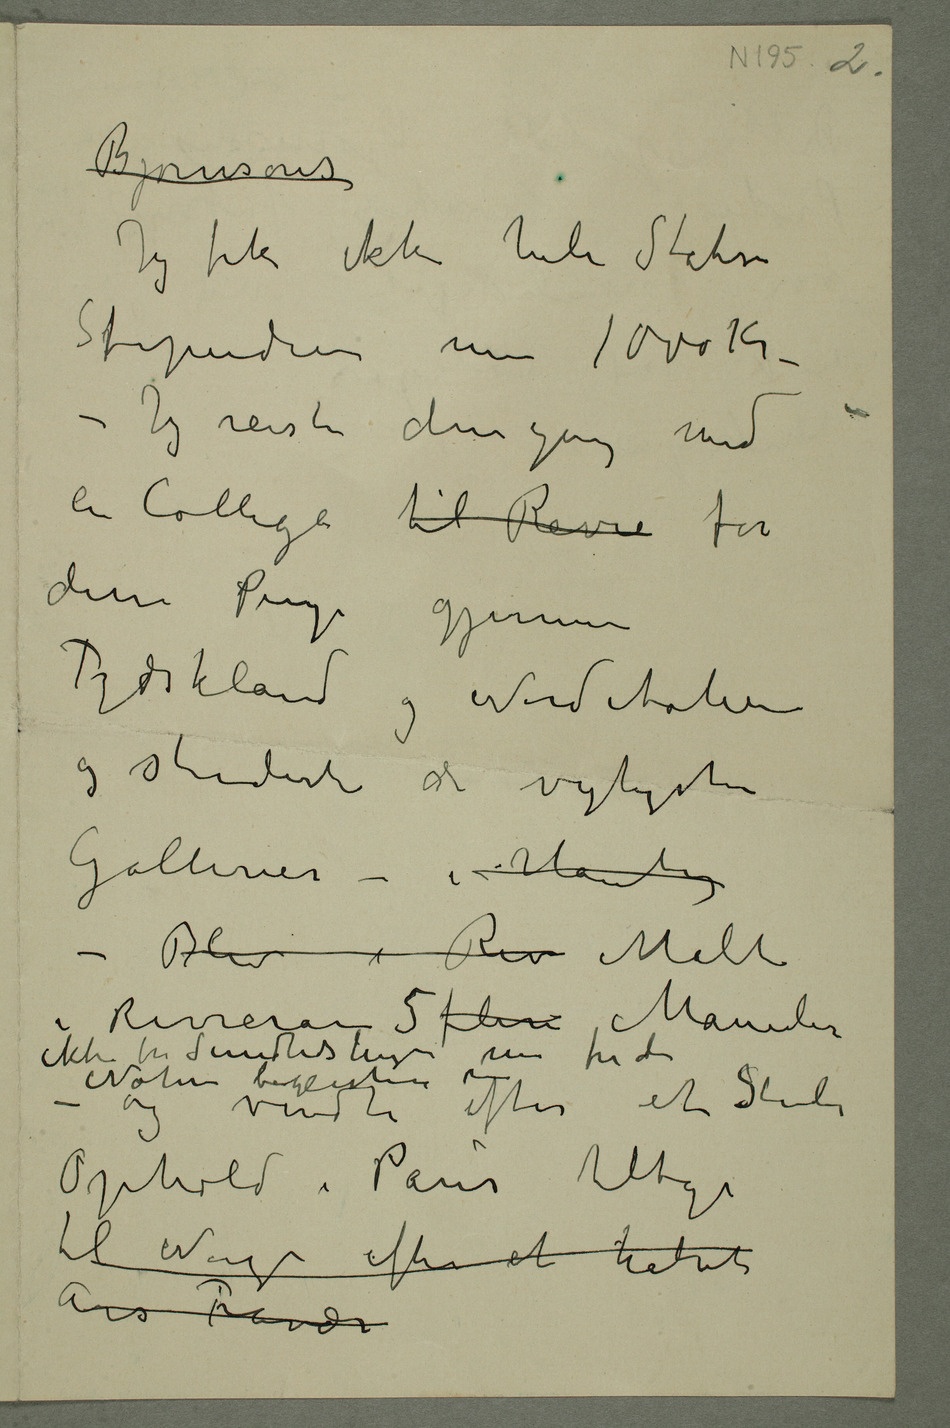
Jeg fik ikke hele Statens
Stipendium men 1000 Kr –
– Jeg reiste dengang med
en Collega til Rivie for
disse Penge gjennem
Tydskland og Norditalien
og studerte de vigtigste
– Blev i Riv Malte i
5 flere Måneder
ikke for Sundhedshigen men for den Natur
Ophold i Paris tilbage
til Norge efter et halvt
Års Fravær